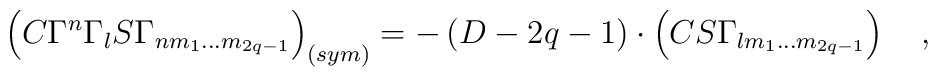
\left( C\Gamma ^n\Gamma _lS\Gamma _{nm_1\ldots m_{2q-1}}\right)_{\left( sym\right) }=-\left( D-2q-1\right) \cdot \left( CS\Gamma_{lm_1\ldots m_{2q-1}}\right) \quad ,